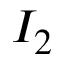
I _ { 2 }